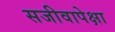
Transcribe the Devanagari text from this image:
सजीवापेक्षा